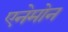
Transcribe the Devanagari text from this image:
एनेमोन